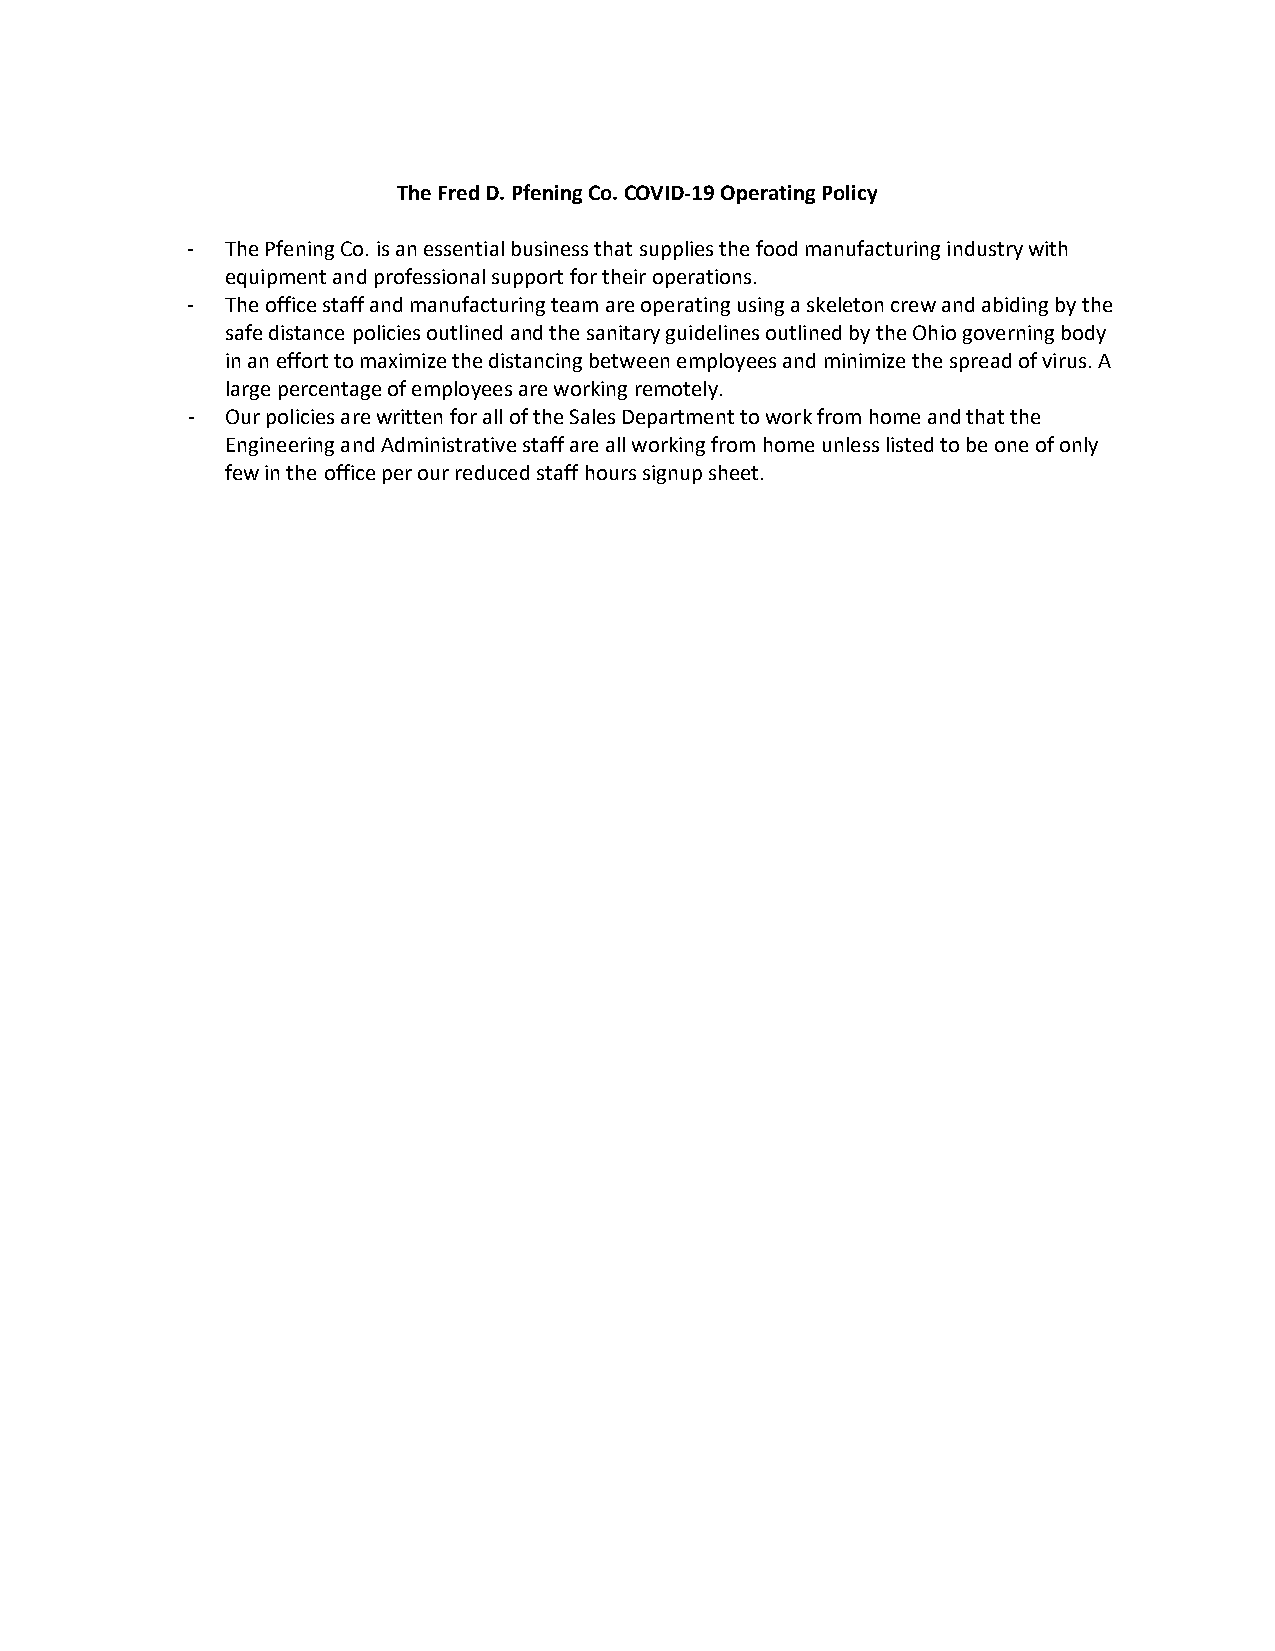
The Fred D. Pfening Co. COVID‐19 Operating Policy
 ‐  The Pfening Co. is an essential business that supplies the food manufacturing industry with
 equipment and professional support for their operations.
 ‐  The office staff and manufacturing team are operating using a skeleton crew and abiding by the
 safe distance policies outlined and the sanitary guidelines outlined by the Ohio governing body
 in an effort to maximize the distancing between employees and minimize the spread of virus. A
 large percentage of employees are working remotely.
 ‐  Our policies are written for all of the Sales Department to work from home and that the
 Engineering and Administrative staff are all working from home unless listed to be one of only
 few in the office per our reduced staff hours signup sheet.